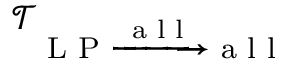
\mathcal { T } _ { \textrm { L P } \xrightarrow { \textrm { a l l } } \textrm { a l l } }